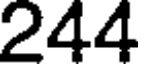
244